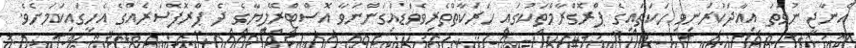
އެނާޖީ ނުވަތަ އިއާދަކުރަނިވި ހަކަތައިގެ ޕްރޮގްރާމްތަކުގައި ހަރަކާތްތެރިވެވަޑައިގަންނަވާ އޮސްޓްރޭލިޔާގެ ދެ ޕްރޮފެސަރެއްގެ އެހީގައިކަމަށެވެ.